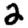
Digit: 2